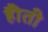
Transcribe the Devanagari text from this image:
हैोती